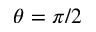
\theta = \pi / 2